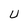
Character: U